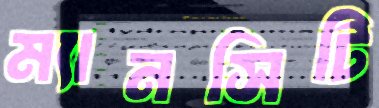
ম্যানসিটি